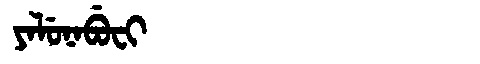
Manchu: ᠶᠠᠯᡠᠨᠠᠪᡠᠸᡳ
Romanization: YALUNABUFI